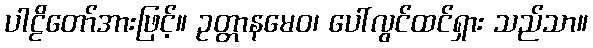
ပါဠိတော်အားဖြင့်။ ဥတ္တာနမေဝ၊ ပေါ်လွင်ထင်ရှား သည်သာ။